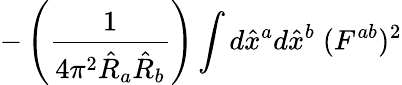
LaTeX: -\left(\frac{1}{4\pi^{2}\hat{R}_{a}\hat{R}_{b}}\right)\int d\hat{x}^{a}d\hat{x}^{b}\; (F^{ab})^{2}